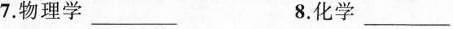
7.物理学___ 8.化学___